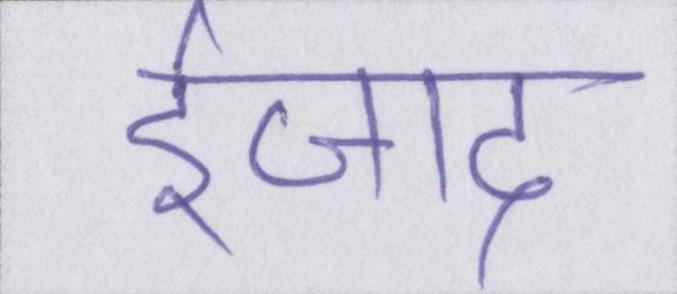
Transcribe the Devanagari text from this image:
ईजाद